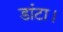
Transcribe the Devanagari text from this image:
डांटा।